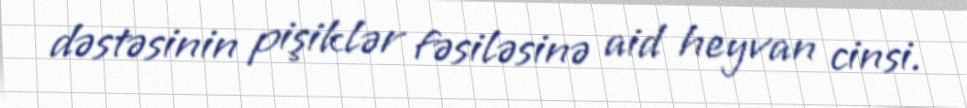
dəstəsinin pişiklər fəsiləsinə aid heyvan cinsi.